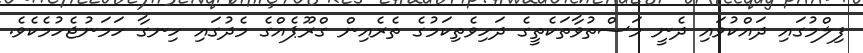
ފިލްމުގައި ދައްކުވައި ދެނީ މަސްތުވާތަކެތީގެ ދަހިވެތިކަމުގެ ތެރެއިން ގްރޫޕެއްގެ މެދުގައި ހިނގާ ހަމަނުޖެހުމެކެވެ.